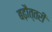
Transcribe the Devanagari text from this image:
बढ़ौत्तरी